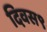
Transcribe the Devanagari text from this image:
दिवस९